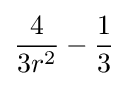
{\frac {4}{3r^{2}}}-{\frac {1}{3}}